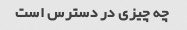
چه چیزی در دسترس است